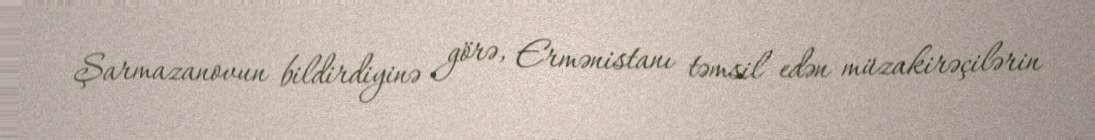
Şarmazanovun bildirdiyinə görə, Ermənistanı təmsil edən müzakirəçilərin